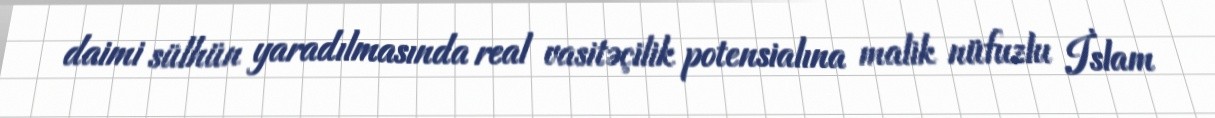
daimi sülhün yaradılmasında real vasitəçilik potensialına malik nüfuzlu İslam